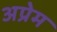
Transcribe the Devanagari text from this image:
अप्रेम